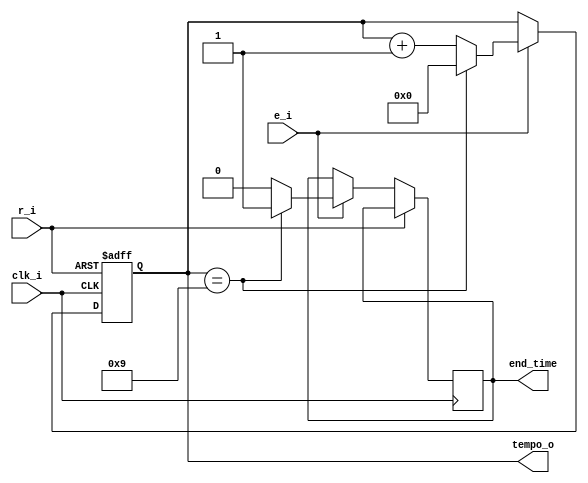
module counter_time
(
	clk_i,
	r_i,
	e_i,
	tempo_o,
	end_time
);

localparam N = 4;

input wire clk_i, r_i, e_i;
output reg [N-1:0] tempo_o;
output reg end_time;

always @(posedge clk_i or posedge r_i)
begin
	if(r_i == 1'b1) tempo_o <= 4'b0000;
	else
 begin
	if(e_i == 1'b1) begin
		if(tempo_o == 4'b1001) begin
			tempo_o <= 4'b0000;
			end_time <= 1'b1; 
		end
		else begin
			tempo_o <= tempo_o + 1'b1;
			end_time <= 1'b0;
		end
	end
 end 
end

endmodule